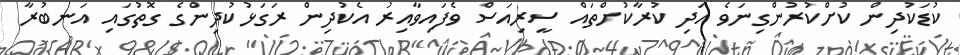
ކުޑަކުދިން ކުށްކުރުންގިނަވެ އަދި ކުރާކުށްތައް ސީރިއަސް ވެފައިވާއިރު އެކުދިން ރަގަޅުކުދިންގެ ގޮތުގައި އަނބުރާ